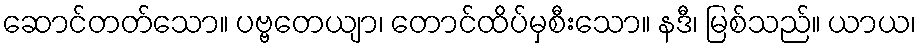
ဆောင်တတ်သော။ ပဗ္ဗတေယျာ၊ တောင်ထိပ်မှစီးသော။ နဒီ၊ မြစ်သည်။ ယာယ၊